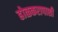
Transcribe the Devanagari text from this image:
होळकरापाशी